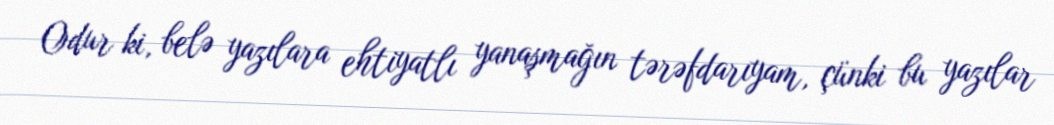
Odur ki, belə yazılara ehtiyatlı yanaşmağın tərəfdarıyam, çünki bu yazılar